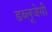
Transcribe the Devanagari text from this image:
डब्लूजेसी